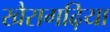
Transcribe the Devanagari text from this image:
खैरागढ़िया